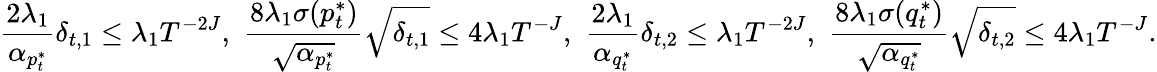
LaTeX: \frac{2\lambda_{1}}{\alpha_{p_{t}^{*}}}\delta_{t,1}\leq\lambda_{1}T^{-2J},\, \, \frac{8\lambda_{1}\sigma(p_{t}^{*})}{\sqrt{\alpha_{p_{t}^{*}}}}\sqrt{\delta_{t,1}}\leq 4\lambda_{1}T^{-J},\, \, \frac{2\lambda_{1}}{\alpha_{q_{t}^{*}}}\delta_{t,2}\leq\lambda_{1}T^{-2J},\, \, \frac{8\lambda_{1}\sigma(q_{t}^{*})}{\sqrt{\alpha_{q_{t}^{*}}}}\sqrt{\delta_{t,2}}\leq 4\lambda_{1}T^{-J}.